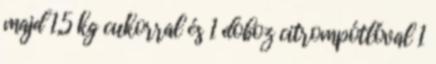
majd 1,5 kg cukorral és 1 doboz citrompótlóval 1